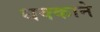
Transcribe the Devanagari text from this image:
धक्काने